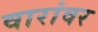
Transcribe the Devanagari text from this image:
वारांवर